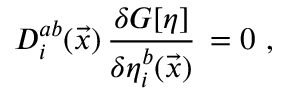
D _ { i } ^ { a b } ( \vec { x } ) \, \frac { \delta { \cal G } [ \eta ] } { \delta \eta _ { i } ^ { b } ( \vec { x } ) } \, = 0 \, \, ,